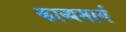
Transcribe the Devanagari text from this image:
काव्यमार्ग